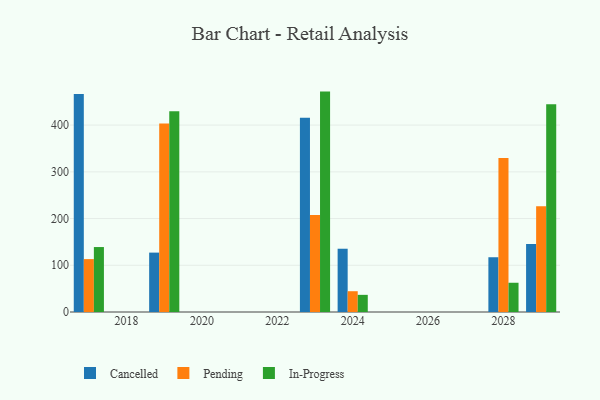
{"axis": {"x": "Year", "y": "Shipments"}, "legend": ["Cancelled", "In-Progress", "Pending"], "data": [{"x": "2023", "y": 415.8, "type": "Cancelled"}, {"x": "2023", "y": 207.4, "type": "Pending"}, {"x": "2023", "y": 471.7, "type": "In-Progress"}, {"x": "2024", "y": 135.4, "type": "Cancelled"}, {"x": "2024", "y": 44.5, "type": "Pending"}, {"x": "2024", "y": 36.7, "type": "In-Progress"}, {"x": "2028", "y": 117.2, "type": "Cancelled"}, {"x": "2028", "y": 329.8, "type": "Pending"}, {"x": "2028", "y": 62.6, "type": "In-Progress"}, {"x": "2029", "y": 145.6, "type": "Cancelled"}, {"x": "2029", "y": 226.5, "type": "Pending"}, {"x": "2029", "y": 444.6, "type": "In-Progress"}, {"x": "2017", "y": 466.4, "type": "Cancelled"}, {"x": "2017", "y": 113.2, "type": "Pending"}, {"x": "2017", "y": 139.0, "type": "In-Progress"}, {"x": "2019", "y": 127.1, "type": "Cancelled"}, {"x": "2019", "y": 403.3, "type": "Pending"}, {"x": "2019", "y": 429.9, "type": "In-Progress"}]}